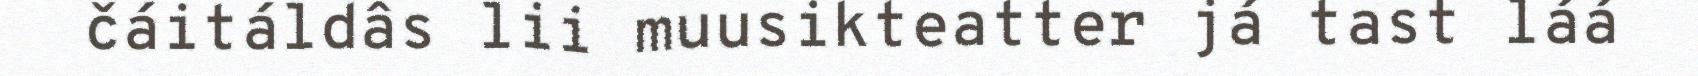
čáitáldâs lii muusikteatter já tast láá